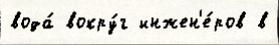
вода́ вокру́г инжен'е́ров в